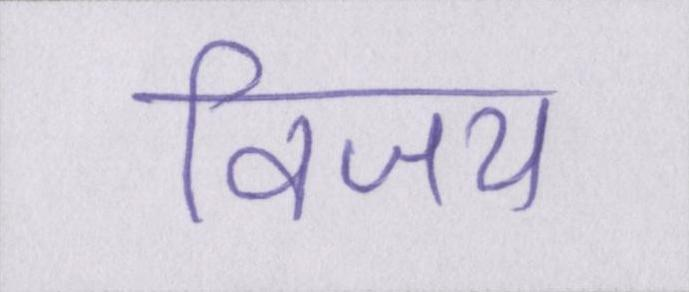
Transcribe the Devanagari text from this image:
विजय